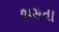
ભસતા